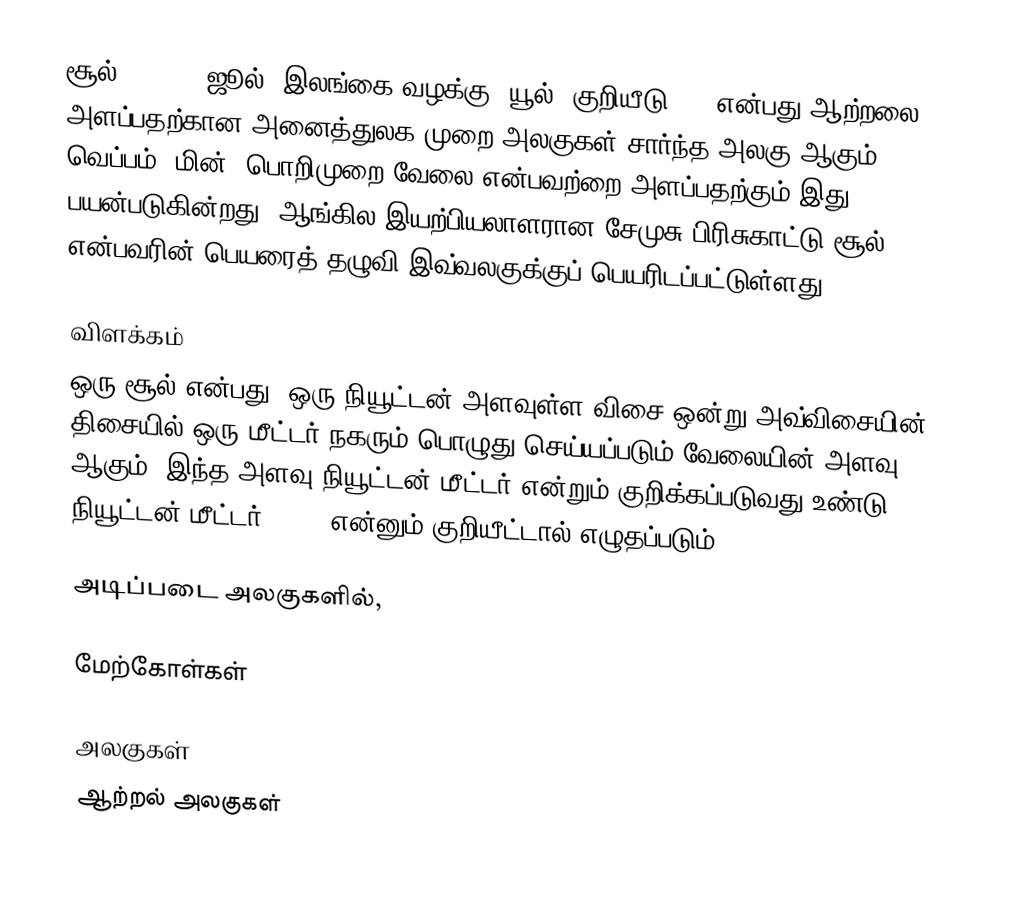
சூல் (joule; ஜூல்; இலங்கை வழக்கு: யூல், குறியீடு: J) என்பது ஆற்றலை அளப்பதற்கான அனைத்துலக முறை அலகுகள் சார்ந்த அலகு ஆகும். வெப்பம், மின், பொறிமுறை வேலை என்பவற்றை அளப்பதற்கும் இது பயன்படுகின்றது. ஆங்கில இயற்பியலாளரான சேமுசு பிரிசுகாட்டு சூல் என்பவரின் பெயரைத் தழுவி இவ்வலகுக்குப் பெயரிடப்பட்டுள்ளது.

விளக்கம்
ஒரு சூல் என்பது, ஒரு நியூட்டன் அளவுள்ள விசை ஒன்று அவ்விசையின் திசையில் ஒரு மீட்டர் நகரும் பொழுது செய்யப்படும் வேலையின் அளவு ஆகும். இந்த அளவு நியூட்டன் மீட்டர் என்றும் குறிக்கப்படுவது உண்டு. நியூட்டன் மீட்டர் "N.m" என்னும் குறியீட்டால் எழுதப்படும்.

அடிப்படை அலகுகளில்,

மேற்கோள்கள்

அலகுகள்
ஆற்றல் அலகுகள்